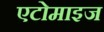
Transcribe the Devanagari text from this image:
एटोमाइज